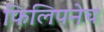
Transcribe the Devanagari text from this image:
फिलिपनेच